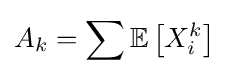
A_{k}=\sum \mathbb {E} \left[X_{i}^{k}\right]